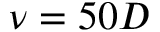
\nu = 5 0 D